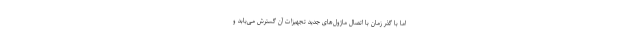
اما با گذر زمان با اتصال ماژول‌های جدید تجهیزات آن گسترش می‌یابد و